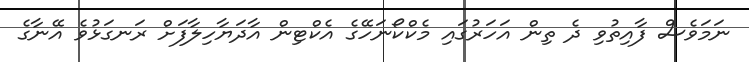
ނަމަވެސް ފާއިތުވި ދެ ތިން އަހަރުގައި މެކްކޯނަހޭގެ އެކްޓިން އާދަޔާހިލާފަށް ރަނގަޅުވެ އޭނާގެ